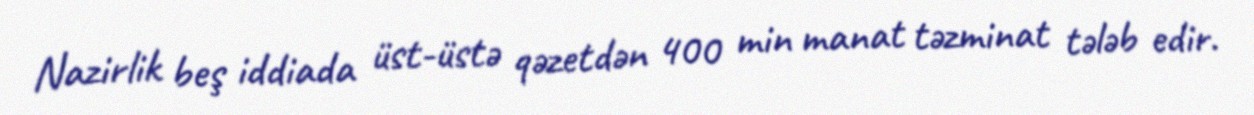
Nazirlik beş iddiada üst-üstə qəzetdən 400 min manat təzminat tələb edir.